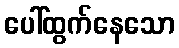
ပေါ်ထွက်နေသော